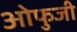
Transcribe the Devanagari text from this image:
ओफुजी